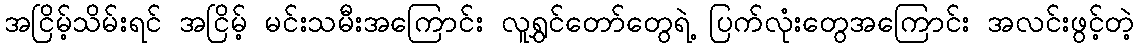
အငြိမ့်သိမ်းရင် အငြိမ့် မင်းသမီးအကြောင်း လူရွှင်တော်တွေရဲ့ ပြက်လုံးတွေအကြောင်း အလင်းဖွင့်တဲ့